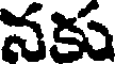
నకు